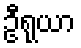
ဦရုယာ